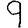
Digit: 9